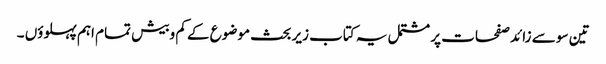
تین سو سے زائد صفحات پر مشتمل یہ کتاب زیر بحث موضوع کے کم وبیش تمام اہم پہلوؤں ۔